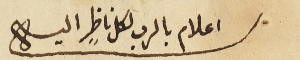
اعلام بالرب لكل ناظرٍ اليه